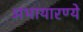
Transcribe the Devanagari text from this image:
अभायारण्ये